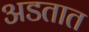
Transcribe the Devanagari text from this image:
अडतात